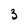
Character: 3